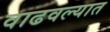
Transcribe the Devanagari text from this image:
वाढवल्यात